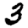
Digit: 3